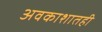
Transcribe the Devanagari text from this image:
अवकाशातही